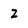
Character: 2